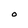
Character: O